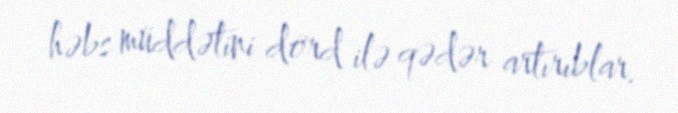
həbs müddətini dörd ilə qədər artırıblar.